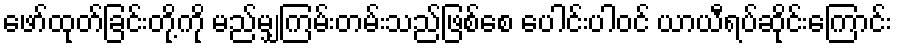
ဖော်ထုတ်ခြင်းတို့ကို မည်မျှကြမ်းတမ်းသည်ဖြစ်စေ ပေါင်းပါဝင် ယာယီရပ်ဆိုင်းကြောင်း